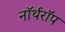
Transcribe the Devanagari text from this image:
नॉर्थरॉप